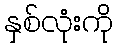
နှစ်လုံးကို